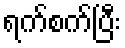
ရက်စက်ပြီး